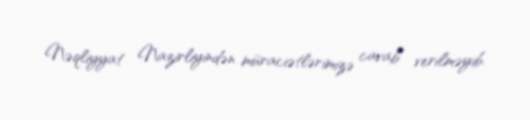
Nəqliyyat Nazirliyindən müraciətlərimizə cavab verilməyib.